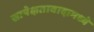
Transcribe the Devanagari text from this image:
सापेक्षतावादामध्ये